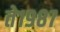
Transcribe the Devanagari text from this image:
ते१९८७